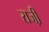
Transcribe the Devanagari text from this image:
राजी़